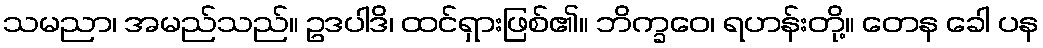
သမညာ၊ အမည်သည်။ ဥဒပါဒိ၊ ထင်ရှားဖြစ်၏။ ဘိက္ခဝေ၊ ရဟန်းတို့။ တေန ခေါ ပန